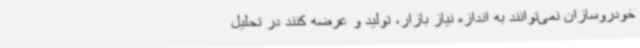
خودروسازان نمی‌توانند به اندازه نیاز بازار، تولید و عرضه کنند در تحلیل